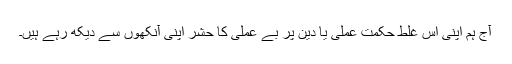
آج ہم اپنی اس غلط حکمت عملی یا دین پر بے عملی کا حشر اپنی آنکھوں سے دیکھ رہے ہیں۔